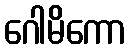
ဂေါမိကော